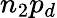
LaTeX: n_{2}p_{d}